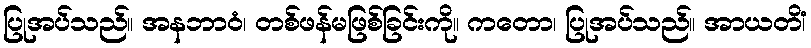
ပြုအပ်သည်။ အနဘာဝံ၊ တစ်ဖန်မဖြစ်ခြင်းကို။ ကတော၊ ပြုအပ်သည်။ အာယတိံ၊